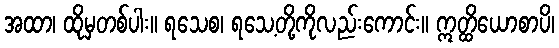
အထာ၊ ထိုမှတစ်ပါး။ ရသေစ၊ ရသေ့တို့ကိုလည်းကောင်း။ ဣတ္ထိယောစာပိ၊